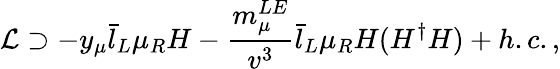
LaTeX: \mathcal{L}\supset-y_{\mu}\bar{l}_{L}\mu_{R}H-\frac{m_{\mu}^{LE}}{v^{3}}\bar{l}_{L}\mu_{R}H(H^{\dagger}H)+h.c.,